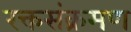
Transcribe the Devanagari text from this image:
रक्तसंक्रमण